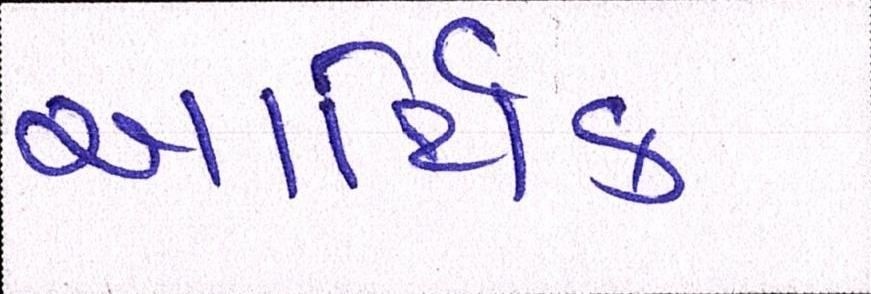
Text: આર્થિક